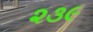
૨૩૯